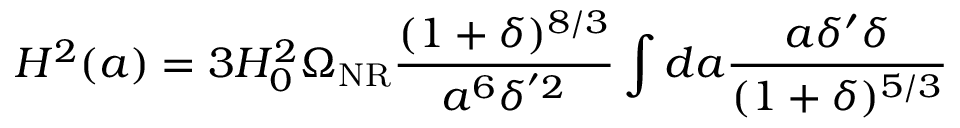
H ^ { 2 } ( a ) = 3 H _ { 0 } ^ { 2 } \Omega _ { \mathrm { N R } } \frac { ( 1 + \delta ) ^ { 8 / 3 } } { a ^ { 6 } \delta ^ { ' 2 } } \int d a \frac { a \delta ^ { \prime } \delta } { ( 1 + \delta ) ^ { 5 / 3 } }